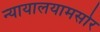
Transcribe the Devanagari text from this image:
न्यायालयामसोर